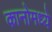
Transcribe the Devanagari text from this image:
कानोमध्ये